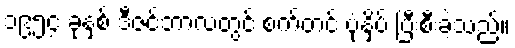
၁၉၅၄ ခုနှစ် ဒီဇင်ဘာလတွင် စက်တင် ပုံနှိပ် ပြီးစီးခဲ့သည်။